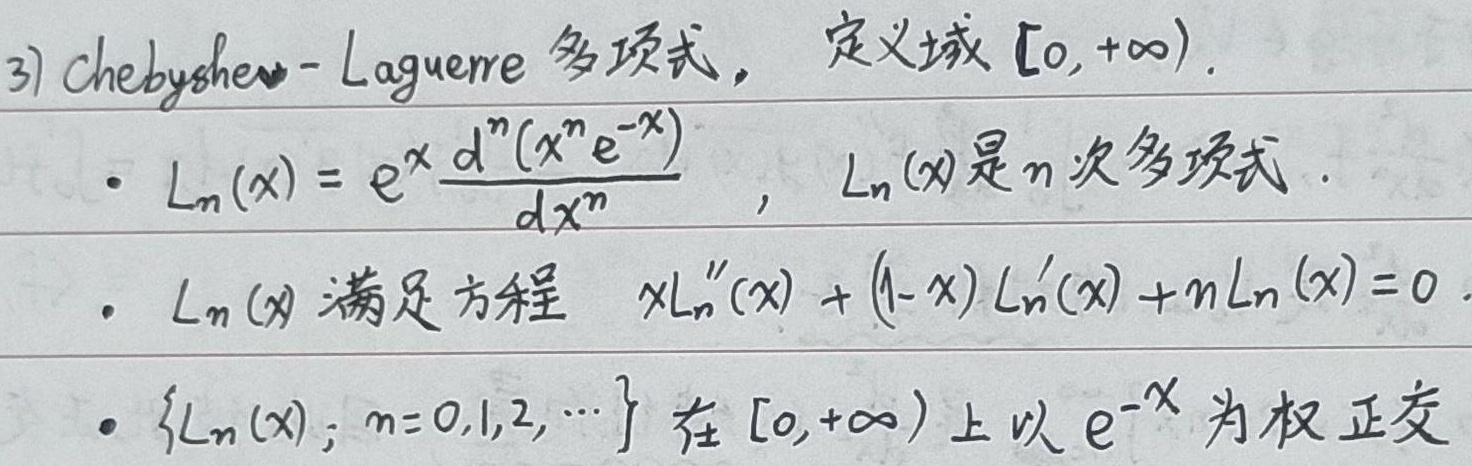
3) Chebyshev - Laguerre 多项式，定义域\([0, +\infty)\)。
 - \(L_n(x) = e^x\frac{d^n(x^n e^{-x})}{dx^n}\)，\(L_n(x)\)是\(n\)次多项式。
 - \(L_n(x)\)满足方程\(xL_n''(x) + (1 - x)L_n'(x) + nL_n(x)=0\)。
 - \(\{L_n(x); n = 0,1,2, \cdots\}\)在\([0,+\infty)\)上以\(e^{-x}\)为权正交。